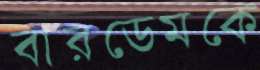
বারডেমকে